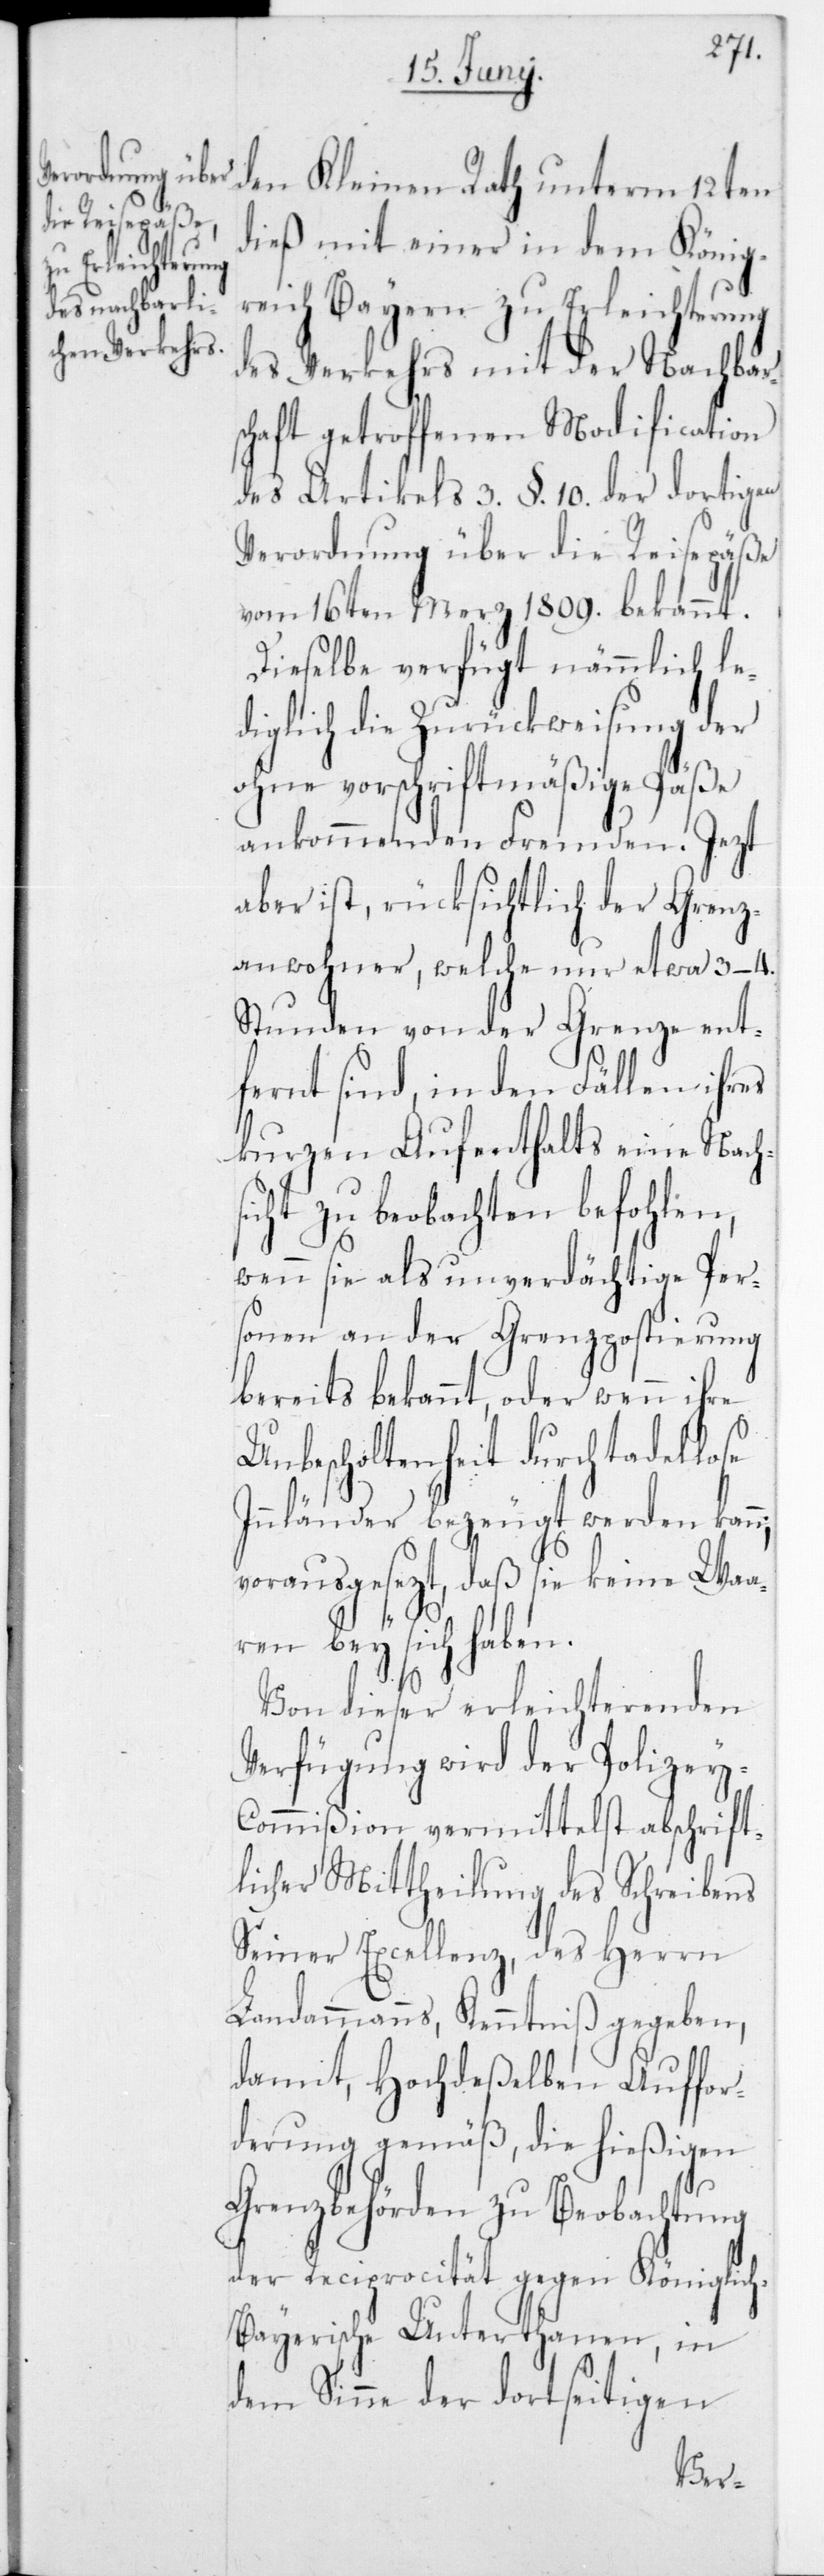
den Kleinen Rath unterm 12ten
dieß mit einer in dem König¬
reich Bayern zu Erleichterung
des Verkehrs mit der Nachbar¬
schaft getroffenen Modification
des Artikels drey § 10 der dortigen
Verordnung über die Reisepäße
vom 16ten Merz 1809 bekannt.
Dieselbe verfügt nämmlich le¬
diglich die Zurückweisung der
ohne vorschriftsmäßige Päße
ankommenden Fremden. Jetzt
aber ist, rücksichtlich der Grenz¬
anwohner, welche nur etwa 3–4
Sunden von der Grenze ent¬
fernt sind, in den Fällen ihres
kurzen Aufenthalts eine Nach¬
sicht zu beobachten befohlen,
wenn sie als unverdächtige Pers¬
onen an der Grenzpostierung
bereits bekannt, oder wenn ihre
Unbescholtenheit durch tadellose
Innländer bezeugt werden kann;
vorausgesezt, daß sie keine Waa¬
ren bey sich haben.
Von dieser erleichterenden
Verfügung wir der Polizey-C¬
ommißion vermittelst abschrift¬
licher Mittheilung des Schreibens
Seiner Excellenz, des Herrn
Landammanns, Kenntniß gegeben,
damit, Hochdeßelben Auffor¬
derung gemäß, die hießigen
Grenzbehörden zu Beobachtung
der Reciprocität gegen Königlic¬
h-Bayerische Unterthanen, in
dem Sinne der dortseitigen